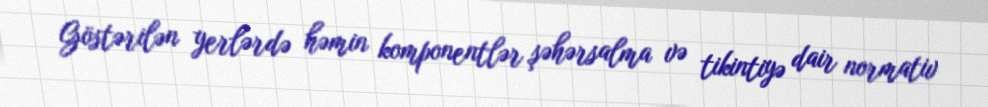
Göstərilən yerlərdə həmin komponentlər şəhərsalma və tikintiyə dair normativ